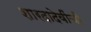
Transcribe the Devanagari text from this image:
शारदादेवींची